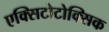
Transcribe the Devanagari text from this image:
एक्सिटोटोक्सिक